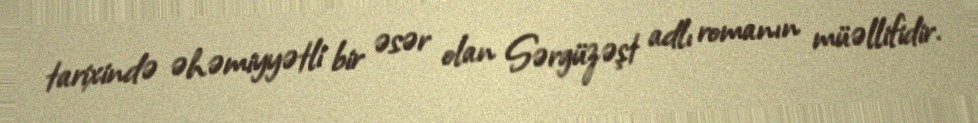
tarixində əhəmiyyətli bir əsər olan Sərgüzəşt adlı romanın müəllifidir.